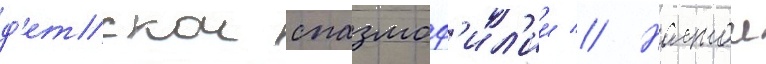
д'етскои спазмоф'ил'ии // Настои